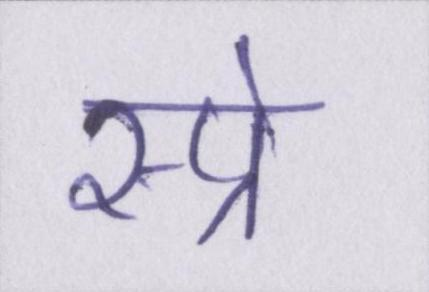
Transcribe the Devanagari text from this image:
स्प्रे